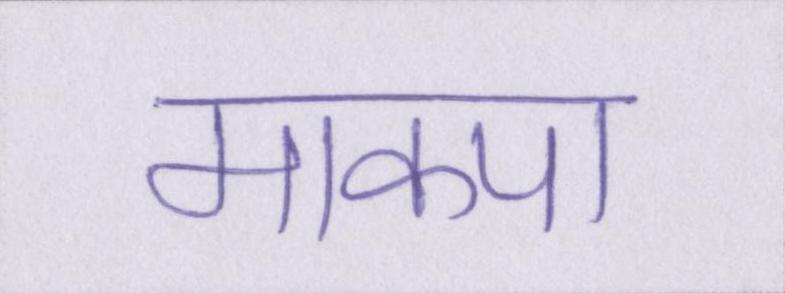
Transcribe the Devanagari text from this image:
माकपा